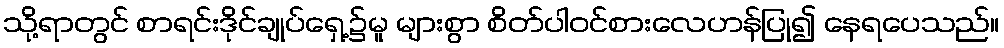
သို့ရာတွင် စာရင်းဒိုင်ချုပ်ရှေ့၌မူ များစွာ စိတ်ပါဝင်စားလေဟန်ပြု၍ နေရပေသည်။